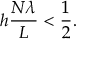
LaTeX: h \frac { N \lambda } { L } < \frac { 1 } { 2 } .